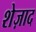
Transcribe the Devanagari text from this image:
शेज़ाद